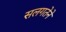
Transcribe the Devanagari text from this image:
सलगतेने